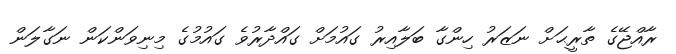
ރާއްޖޭގެ ތާރީޙަށް ނަޒަރު ހިންގާ ބަލާއިރު ގައުމަށް ގައްދާރުވެ ގައުމުގެ މިނިވަންކަން ނަގާލަން